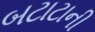
બટાટાની